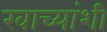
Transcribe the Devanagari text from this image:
खाच्यांशी